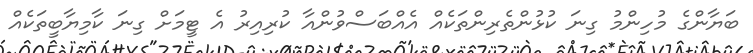
ބަޔާންގެ މުހިންމު ގިނަ ކުޅުންތެރިންތަކެއް އެއްބަސްވުންއާ ކުރިއިރު އެ ޓީމަށް ގިނަ ކާމިޔާބީތަކެއް